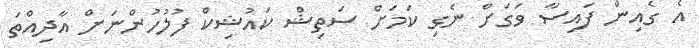
އެ ގެއިން ފައިސާ ވަގަށް ނެގި ކަމަށް ސަތިޝް ކައުޝިކް ފުލުހުންނަށް އާދިއްތަ